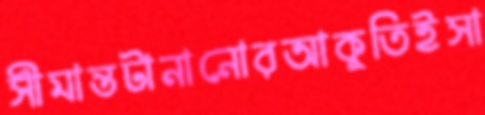
সীমান্তটানানোরআকুতিইসা